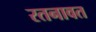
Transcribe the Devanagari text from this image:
रतनावत